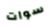
سوات